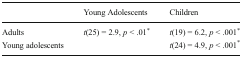
<table><thead><tr><td></td><td><b>Young Adolescents</b></td><td><b>Children</b></td></tr></thead><tbody><tr><td>Adults</td><td><i>t</i>(25) = 2.9, <i>p</i> &lt; .01<sup>*</sup></td><td><i>t</i>(19) = 6.2, <i>p</i> &lt; .001<sup>*</sup></td></tr><tr><td>Young adolescents</td><td></td><td><i>t</i>(24) = 4.9, <i>p</i> &lt; .001<sup>*</sup></td></tr></tbody></table>